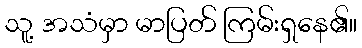
သူ့ အသံမှာ မာပြတ် ကြမ်းရှနေ၏။